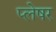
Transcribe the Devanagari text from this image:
प्लेषर